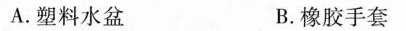
A.塑料水盆 B.橡胶手套